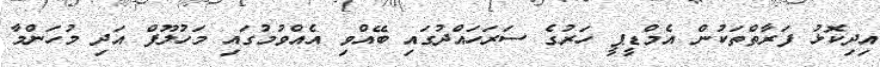
އިދިކޮޅު ފަރާތްތަކުން އެމްޑީޕީ ހަރުގެ ސަރަހައްދުގައި ބޭއްވި އެެއްވުމުގައި މަހުލޫފް އަދި މުހަންމާ